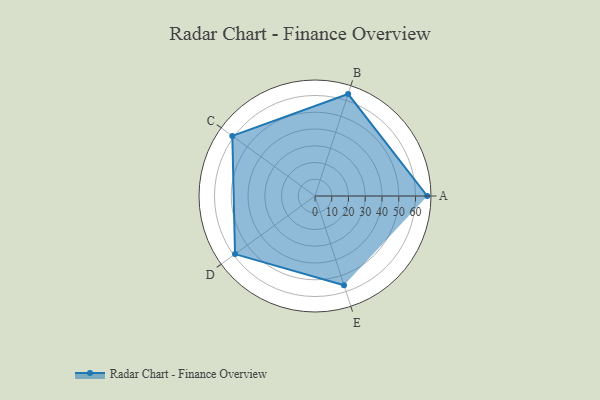
{"axis": {"x": "Skill", "y": "Score"}, "legend": ["Profile"], "data": [{"x": "A", "y": 67.0, "type": "Profile"}, {"x": "B", "y": 64.0, "type": "Profile"}, {"x": "C", "y": 61.0, "type": "Profile"}, {"x": "D", "y": 59.0, "type": "Profile"}, {"x": "E", "y": 56.0, "type": "Profile"}]}